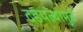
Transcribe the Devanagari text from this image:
दडपल्यामुळे